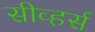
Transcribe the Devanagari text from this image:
सीव्हर्स